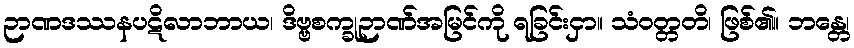
ဉာဏဒဿနပဋိလာဘာယ၊ ဒိဗ္ဗစက္ခုဉာဏ်အမြင်ကို ရခြင်းငှာ။ သံဝတ္တတိ၊ ဖြစ်၏။ ဘန္တေ၊